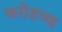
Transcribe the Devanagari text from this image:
करोडच्या